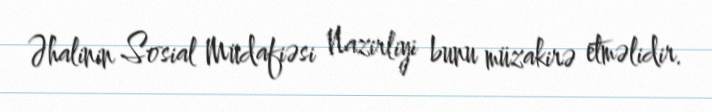
Əhalinin Sosial Müdafiəsi Nazirliyi bunu müzakirə etməlidir.